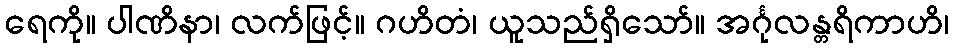
ရေကို။ ပါဏိနာ၊ လက်ဖြင့်။ ဂဟိတံ၊ ယူသည်ရှိသော်။ အင်္ဂုလန္တရိကာဟိ၊